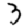
Digit: 3